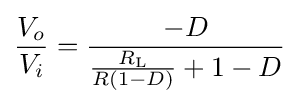
{\frac {V_{o}}{V_{i}}}={\frac {-D}{{\frac {R_{\text{L}}}{R(1-D)}}+1-D}}